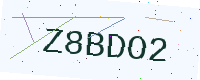
Text: Z8BDO2